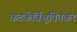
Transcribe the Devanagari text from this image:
कटकैर्विभूषितकरं